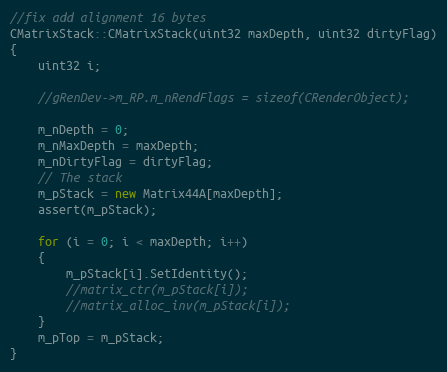
Language: C++
//fix add alignment 16 bytes
CMatrixStack::CMatrixStack(uint32 maxDepth, uint32 dirtyFlag)
{
	uint32 i;

	//gRenDev->m_RP.m_nRendFlags = sizeof(CRenderObject);

	m_nDepth = 0;
	m_nMaxDepth = maxDepth;
	m_nDirtyFlag = dirtyFlag;
	// The stack
	m_pStack = new Matrix44A[maxDepth];
	assert(m_pStack);

	for (i = 0; i < maxDepth; i++)
	{
		m_pStack[i].SetIdentity();
		//matrix_ctr(m_pStack[i]);
		//matrix_alloc_inv(m_pStack[i]);
	}
	m_pTop = m_pStack;
}